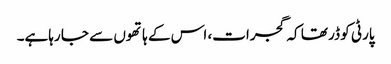
پارٹی کو ڈر تھا کہ گجرات، اس کے ہاتھوں سے جا رہاہے۔